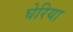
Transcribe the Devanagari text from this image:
घेरिया